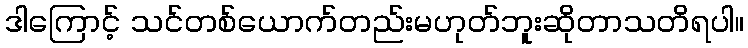
ဒါကြောင့် သင်တစ်ယောက်တည်းမဟုတ်ဘူးဆိုတာသတိရပါ။